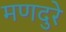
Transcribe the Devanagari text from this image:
मणदुरे